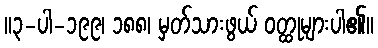
။၃-ပါ-၁၉၉၊ ၁၈၈၊ မှတ်သားဖွယ် ဝတ္ထုများပါ၏။